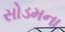
સોડમના